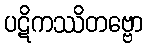
ပဋိကဿိတဗ္ဗော